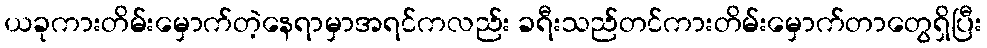
ယခုကားတိမ်းမှောက်တဲ့နေရာမှာအရင်ကလည်း ခရီးသည်တင်ကားတိမ်းမှောက်တာတွေရှိပြီး